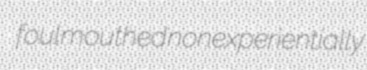
foulmouthed nonexperientially